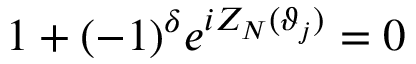
1 + ( - 1 ) ^ { \delta } e ^ { i Z _ { N } ( \vartheta _ { j } ) } = 0